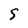
Character: S